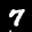
Label: 7